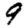
Digit: 9